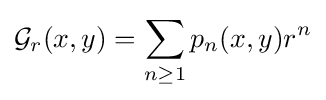
{\mathcal {G}}_{r}(x,y)=\sum _{n\geq 1}p_{n}(x,y)r^{n}